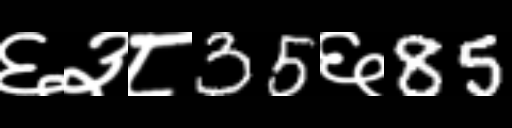
Text: ६३८35६85